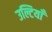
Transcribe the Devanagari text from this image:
उल्टियाँ